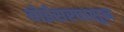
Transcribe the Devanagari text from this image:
बोईसरपासून